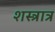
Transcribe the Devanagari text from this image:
शस्त्रात्र